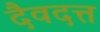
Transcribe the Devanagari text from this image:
दैवदत्त